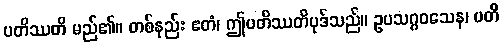
ပတိဿတိ မည်၏။ တစ်နည်း ဧတံ၊ ဤပတိဿတိပုဒ်သည်။ ဥပသဂ္ဂဝသေန၊ ပတိ